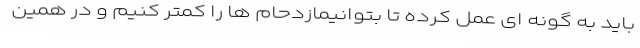
باید به گونه ای عمل کرده تا بتوانیمازدحام ها را کمتر کنیم و در همین